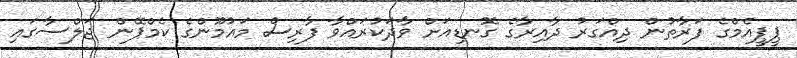
ޕީޕީއެމްގެ ފަރާތުން ދިއްގަރު ދާއިރާގެ ގޮނޑިއަށް ވާދަކުރައްވާ ފާރިސް މައުމޫންގެ ކެމްޕޭން ޖަލްސާގައި